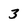
Character: 3